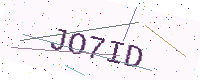
Text: JO7ID